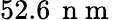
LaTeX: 52.6\, \mathrm{~n~m~}